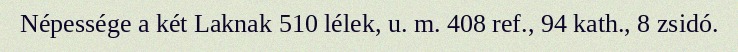
Népessége a két Laknak 510 lélek, u. m. 408 ref., 94 kath., 8 zsidó.